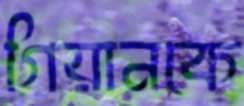
গিয়ানকে